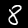
Label: 8